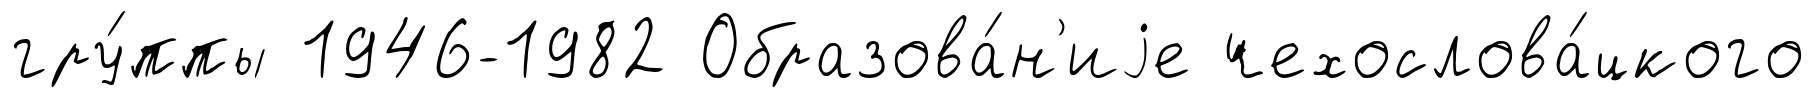
гру́ппы 1946-1982 Образова́н'иjе чехослова́цкого